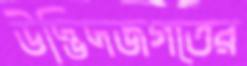
উদ্ভিদজগতের